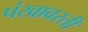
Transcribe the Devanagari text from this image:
पंखावरती